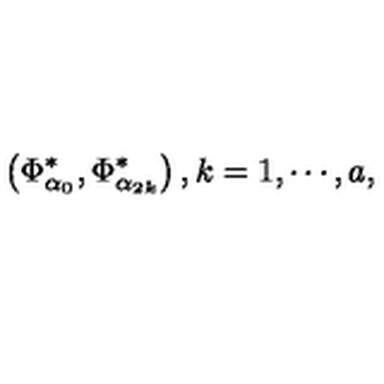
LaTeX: \left( \Phi _ { \alpha _ { 0 } } ^ { * } , \Phi _ { \alpha _ { 2 k } } ^ { * } \right) , k = 1 , \cdots , a ,